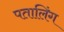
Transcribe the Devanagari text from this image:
पतालिंग